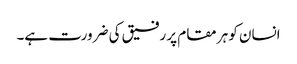
انسان کو ہر مقام پر رفیق کی ضرورت ہے۔